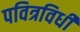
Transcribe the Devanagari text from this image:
पवित्रविधी